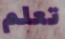
تعلم